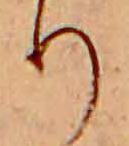
り